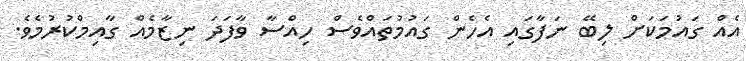
އެއް ގައުމަކަށް ލިބޭ ނަފާގައި އެހެން ގައުމުތައްވެސް ހިއްސާ ވާފަދަ ނިޒާމެއް ގާއިމްކުރުމެވެ.